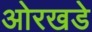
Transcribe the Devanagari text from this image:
ओरखडे